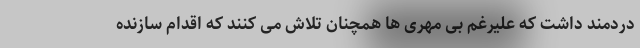
دردمند داشت که علیرغم بی مهری ها همچنان تلاش می کنند که اقدام سازنده